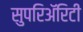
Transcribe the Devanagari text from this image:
सुपरिअॅरिटी